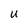
Character: u